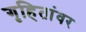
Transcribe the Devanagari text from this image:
गृहितांवर